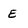
Character: e